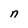
Character: n